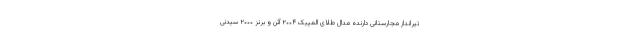
تیرانداز مجارستانی دارنده مدال طلای المپیک ۲۰۰۴ آتن و برنز ۲۰۰۰ سیدنی